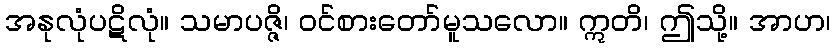
အနုလုံပဋိလုံ။ သမာပဇ္ဇိ၊ ဝင်စားတော်မူသလော။ ဣတိ၊ ဤသို့။ အာဟ၊